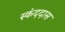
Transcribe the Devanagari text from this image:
स्कंददास